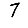
Digit: 7